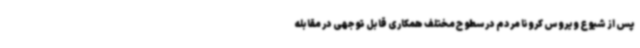
پس از شیوع ویروس کرونا مردم در سطوح مختلف همکاری قابل توجهی در مقابله